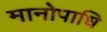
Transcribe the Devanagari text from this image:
मानोपाधि